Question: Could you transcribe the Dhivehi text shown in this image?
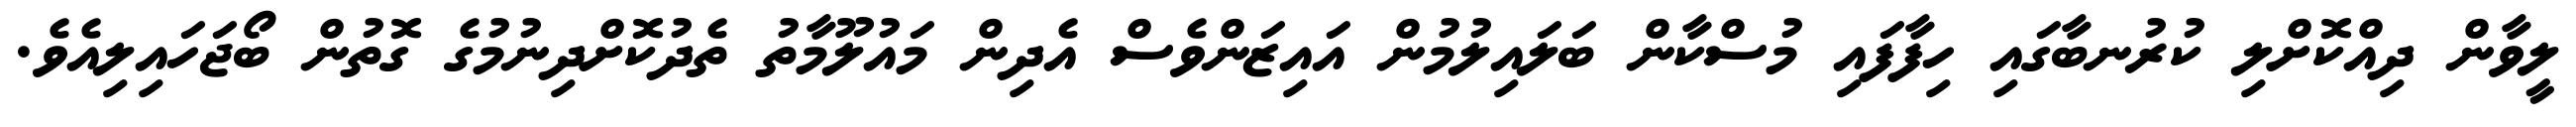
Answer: ލީވާން ދިއްކޮށްލި ކުރުނބާގައި ހިފާފައި މުސްކާން ބަލައިލުމުން އައިޒަންވެސް އެދިން މައުލޫމާތު ތެދުކޮށްދިނުމުގެ ގޮތުން ބޯޖަހައިލިއެވެ.